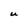
Character: U